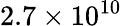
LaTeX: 2.7\times 10^{10}